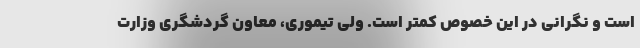
است و نگرانی در این خصوص کمتر است. ولی تیموری، معاون گردشگری وزارت